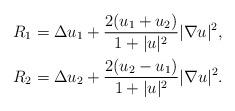
LaTeX: \begin{align*}R_1 &= \Delta u_1 + \frac{2(u_1+u_2)}{1+|u|^2} |\nabla u|^2 ,\\R_2 &= \Delta u_2 + \frac{2(u_2-u_1)}{1+|u|^2} |\nabla u|^2 .\end{align*}